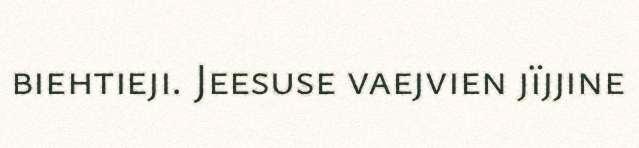
biehtieji. Jeesuse vaejvien jïjjine